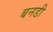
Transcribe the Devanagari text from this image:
बनडी